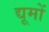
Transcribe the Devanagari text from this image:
द्यूमों